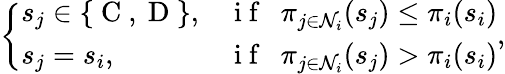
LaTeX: \left\{ \begin{array}{ll}{s_{j}\in\{ \mathrm{~C~},\mathrm{~D~}\} ,}&{\mathrm{~i~f~}~~\pi_{j\in\mathcal{N}_{i}}(s_{j})\leq\pi_{i}(s_{i})}\\ {s_{j}=s_{i},}&{\mathrm{~i~f~}~~\pi_{j\in\mathcal{N}_{i}}(s_{j})>\pi_{i}(s_{i})}\end{array}\right.,